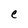
Character: e